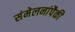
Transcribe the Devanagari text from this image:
संमेलनांपैकी